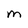
Character: M